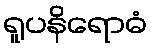
ရူပနိရောဓံ